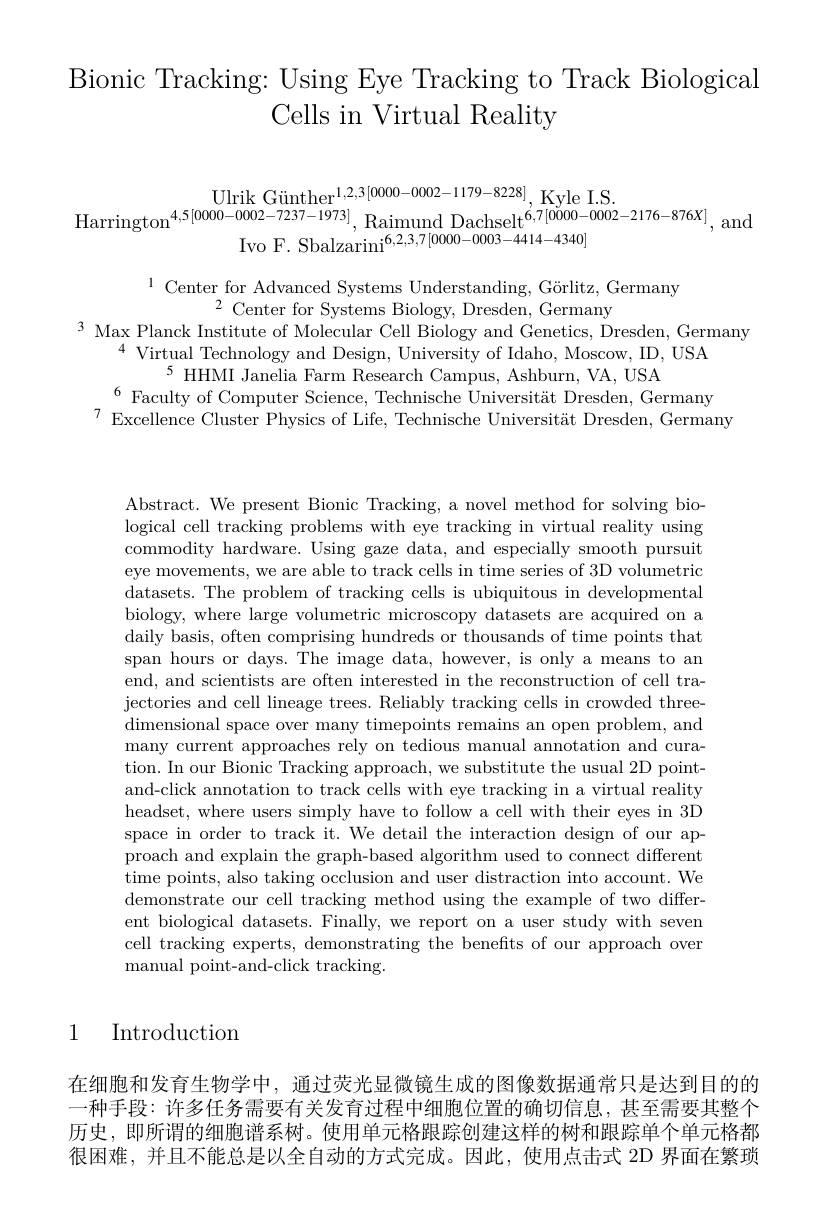
# Bionic Tracking: Using Eye Tracking to Track Biological Cells in Virtual Reality

Ulrik Günther$^1,2,3[0000-0002-1179-8228]$,Kvle I.S
$\mathrm{Harrington}^{4,5[0000-0002-7237-1973]}$,Raimund Dachselt$^{6,7[0000-0002-2176-876X]}$,and
Ivo F. Sbalzarini$^{6,2,3,7[0000-0003-4414-4340]}$

$^{1}$ Center for Advanced Systems Understanding, Görlitz, Germany
$^{2}$ Center for Systems Biology, Dresden, Germany
$^{3}$ Max Planck Institute of Molecular Cell Biology and Genetics, Dresden, Germany
$^{4}$ Virtual Technology and Design, University of Idaho, Moscow, ID, USA
$^{5}$ HHMI Janelia Farm Research Campus, Ashburn, VA, USA
$^{6}$Faculty of Computer Science, Technische Universität Dresden, Germany
$^{7}$Excellence Cluster Physics of Life, Technische Universität Dresden, Germany

Abstract. We present Bionic Tracking, a novel method for solving biological cell tracking problems with eye tracking in virtual reality using commodity hardware. Using gaze data, and especially smooth pursuit eye movements, we are able to track cells in time series of 3D volumetrid datasets. The problem of tracking cells is ubiquitous in developmental biology, where large volumetric microscopy datasets are acquired on a daily basis, often comprising hundreds or thousands of time points that span hours or days. The image data, however, is only a means to an end, and scientists are often interested in the reconstruction of cell trajectories and cell lineage trees. Reliably tracking cells in crowded threedimensional space over many timepoints remains an open problem, and many current approaches rely on tedious manual annotation and curation. In our Bionic Tracking approach, we substitute the usual 2D pointand-click annotation to track cells with eye tracking in a virtual reality headset, where users simply have to follow a cell with their eyes in 3D space in order to track it. We detail the interaction design of our approach and explain the graph-based algorithm used to connect different time points, also taking occlusion and user distraction into account. We demonstrate our cell tracking method using the example of two different biological datasets. Finally, we report on a user study with seven cell tracking experts, demonstrating the benefits of our approach over manual point-and-click tracking

1 Introduction

在细胞和发育生物学中，通过荧光显微镜生成的图像数据通常只是达到目的的一种手段：许多任务需要有关发育过程中细胞位置的确切信息，甚至需要其整个历史，即所谓的细胞谱系树。使用单元格跟踪创建这样的树和跟踪单个单元格都很困难，并且不能总是以全自动的方式完成。因此，使用点击式 2D 界面在繁琐